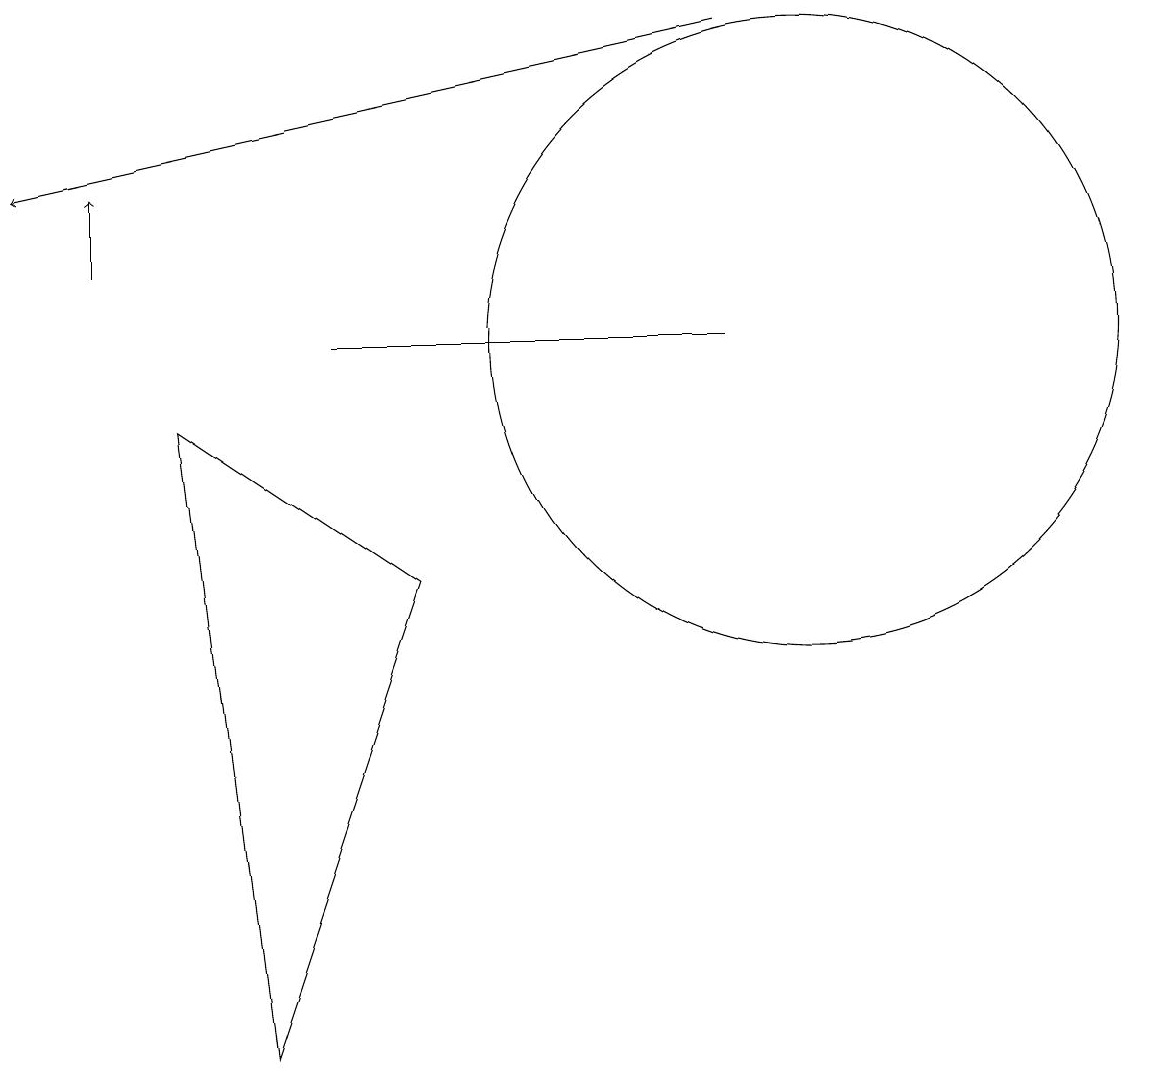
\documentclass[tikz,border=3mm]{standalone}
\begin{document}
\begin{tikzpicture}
\draw[->] (1,11) -- (1,12);
\draw (3,1) -- (5,7) -- (2,9) -- cycle;
\draw[->] (9,14) -- (0,12);
\draw (9,10) rectangle (4,10);
\draw (10,10) circle (4);
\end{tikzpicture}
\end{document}